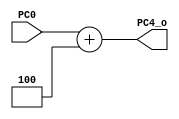
`timescale 1ns / 1ps
//////////////////////////////////////////////////////////////////////////////////
// Company: 
// Engineer: 
// 
// Design Name: 
// Module Name:    Plus4 
// Project Name: 
// Target Devices: 
// Tool versions: 
// Description: 
//
// Dependencies: 
//
// Revision: 
// Revision 0.01 - File Created
// Additional Comments: 
//
//////////////////////////////////////////////////////////////////////////////////
module Plus4(
    input [31:0] PC0,
    output [31:0] PC4_o
    );
assign PC4_o = PC0 + 4;

endmodule